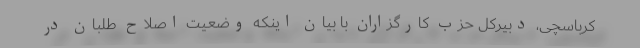
کرباسچی، دبیرکل حزب کارگزاران با بیان اینکه وضعیت اصلاح طلبان در